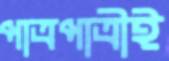
পাত্রপাত্রীই